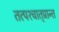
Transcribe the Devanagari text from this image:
तत्पश्‍चात्‌प्रान्त